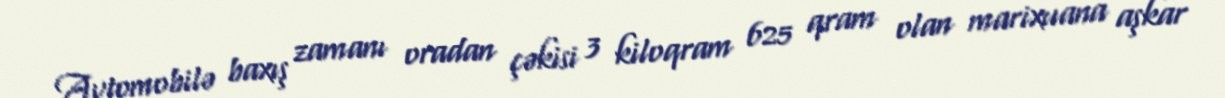
Avtomobilə baxış zamanı oradan çəkisi 3 kiloqram 625 qram olan marixuana aşkar